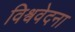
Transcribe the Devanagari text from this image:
विश्ववेदना